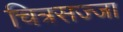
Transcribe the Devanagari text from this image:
चित्रसज्जा